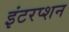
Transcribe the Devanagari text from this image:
इंटरप्शन